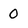
Character: O